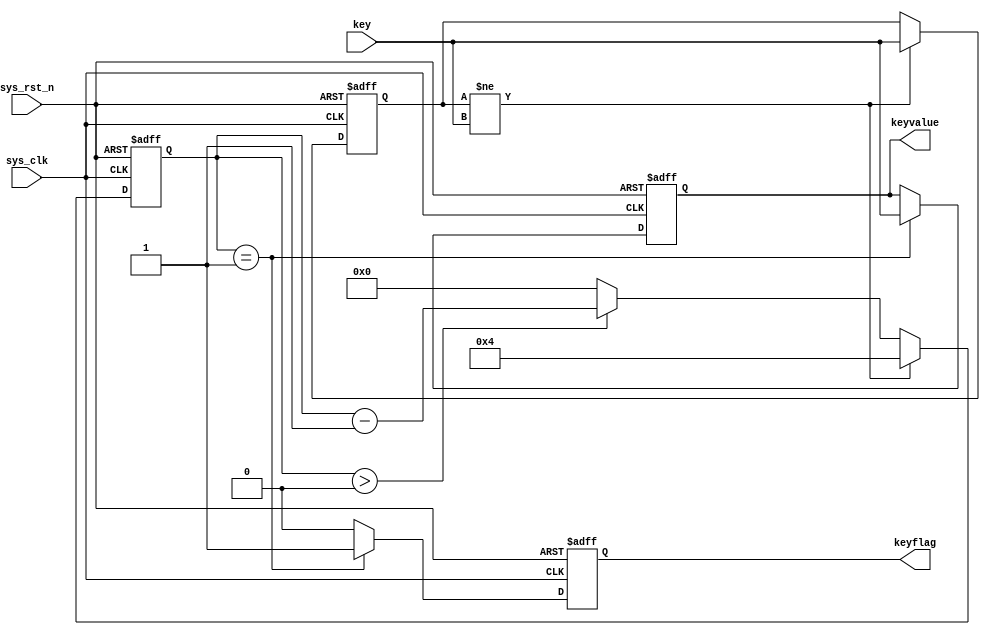
//////////////////////////////////////////////////////////////////////////////////
//
// Module Name: key_debounce
// Description: 
// 
//////////////////////////////////////////////////////////////////////////////////

`timescale 1ns / 1ps

module key_debounce(
    input           sys_clk,            //
    input           sys_rst_n,          //
    input           key,                //
    
    output reg      keyvalue,           //
    output reg      keyflag             //
);

reg[19:0]            cnt;                //
reg                 key_reg;            //

always @(posedge sys_clk or negedge sys_rst_n) begin
    if(!sys_rst_n) begin                //1
        key_reg <= 1'b1;                
        cnt <= 20'd0;
    end
    else begin                          //
        if(key_reg != key) begin        //key
//            cnt <= 20'd100_0000;      //20ms
            cnt <= 20'd4;               //
            key_reg <= key;             //key
        end 
        else begin                      //key
            if(cnt > 20'd0)             //
                cnt <= cnt - 1'b1;      //
            else
                cnt <= 20'd0;
        end
   end        
end

always @(posedge sys_clk or negedge sys_rst_n) begin
    if(!sys_rst_n) begin                //10
        keyvalue <= 1'b1;               
        keyflag  <= 1'b0;
    end
    else if(cnt == 20'd1) begin         //10
        keyflag  <= 1'b1;               //1
        keyvalue <= key;                //
    end
    else begin
        keyflag  <= 1'b0;
        keyvalue <= keyvalue;
    end    
end
endmodule